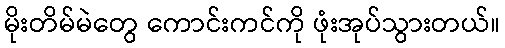
မိုးတိမ်မဲတွေ ကောင်းကင်ကို ဖုံးအုပ်သွားတယ်။